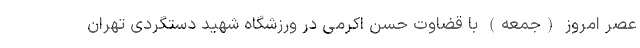
عصر امروز (جمعه) با قضاوت حسن اکرمی در ورزشگاه شهید دستگردی تهران